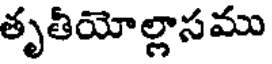
తృతీయోల్లాసము